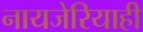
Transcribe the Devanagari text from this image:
नायजेरियाही